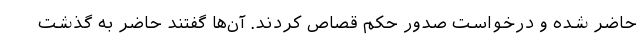
حاضر شده و درخواست صدور حکم قصاص کردند. آن‌ها گفتند حاضر به گذشت